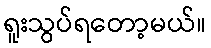
ရူးသွပ်ရတော့မယ်။